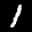
Label: 1